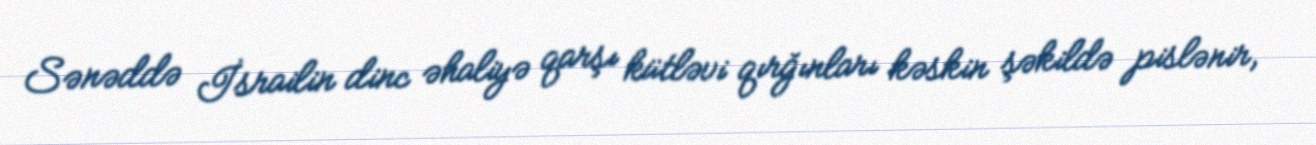
Sənəddə İsrailin dinc əhaliyə qarşı kütləvi qırğınları kəskin şəkildə pislənir,